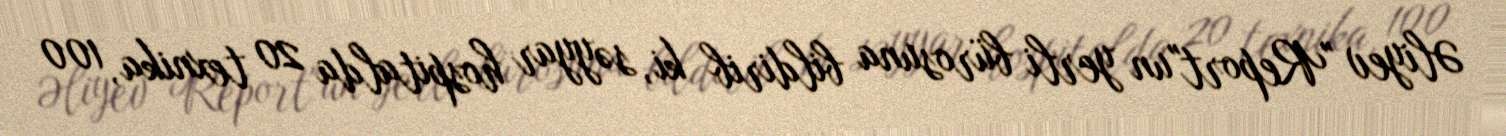
Əliyev "Report"un yerli bürosuna bildirib ki, səyyar hospitalda 20 texnika, 100